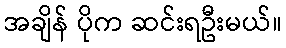
အချိန် ပိုက ဆင်းရဦးမယ်။